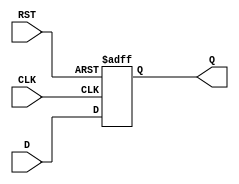
module stage_register (
    input wire D,        // Data input
    input wire CLK,      // Clock input
    input wire RST,      // Asynchronous reset
    output reg Q         // Data output
);

// Always block for synchronous behavior
always @(posedge CLK or posedge RST) begin
    if (RST) begin
        Q <= 1'b0;      // Reset the output to 0 when RST is asserted
    end else begin
        Q <= D;         // Capture the input data on the rising edge of the clock
    end
end

endmodule